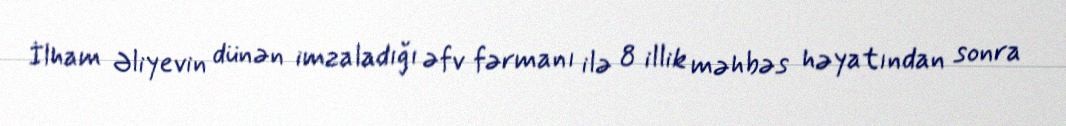
İlham Əliyevin dünən imzaladığı əfv fərmanı ilə 8 illik məhbəs həyatından sonra